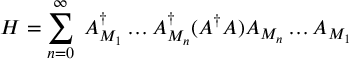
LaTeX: H = \sum _ { n = 0 } ^ { \infty } \; A _ { M _ { 1 } } ^ { \dagger } \ldots A _ { M _ { n } } ^ { \dagger } ( A ^ { \dagger } A ) A _ { M _ { n } } \ldots A _ { M _ { 1 } }